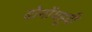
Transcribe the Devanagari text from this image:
दोनोंयहूदी